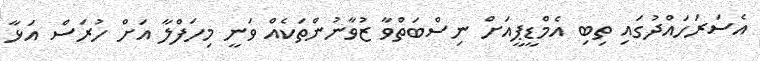
އެސަރަހައްދުގައި ތިބި އެމްޑީޕީއަށް ނިސްބަތްވާ ޒުވާނުންތަކެއް ވަނީ މިހަފްލާ އަށް ހުރަސް އަޅާ